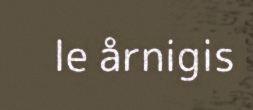
le årnigis